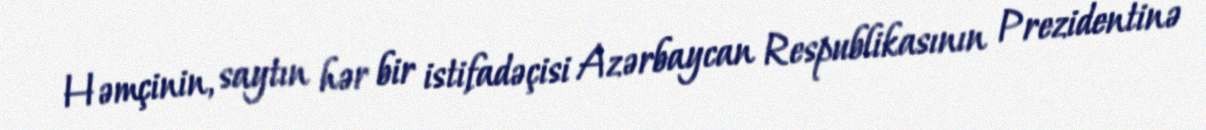
Həmçinin, saytın hər bir istifadəçisi Azərbaycan Respublikasının Prezidentinə